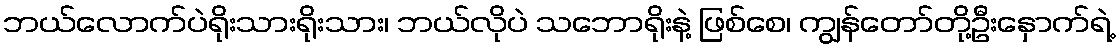
ဘယ်လောက်ပဲရိုးသားရိုးသား၊ ဘယ်လိုပဲ သဘောရိုးနဲ့ ဖြစ်စေ၊ ကျွန်တော်တို့ဦးနှောက်ရဲ့